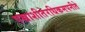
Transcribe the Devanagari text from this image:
पच्चाशीतेरधिकमपनीते